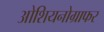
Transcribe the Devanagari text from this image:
ओशियनोग्राफर